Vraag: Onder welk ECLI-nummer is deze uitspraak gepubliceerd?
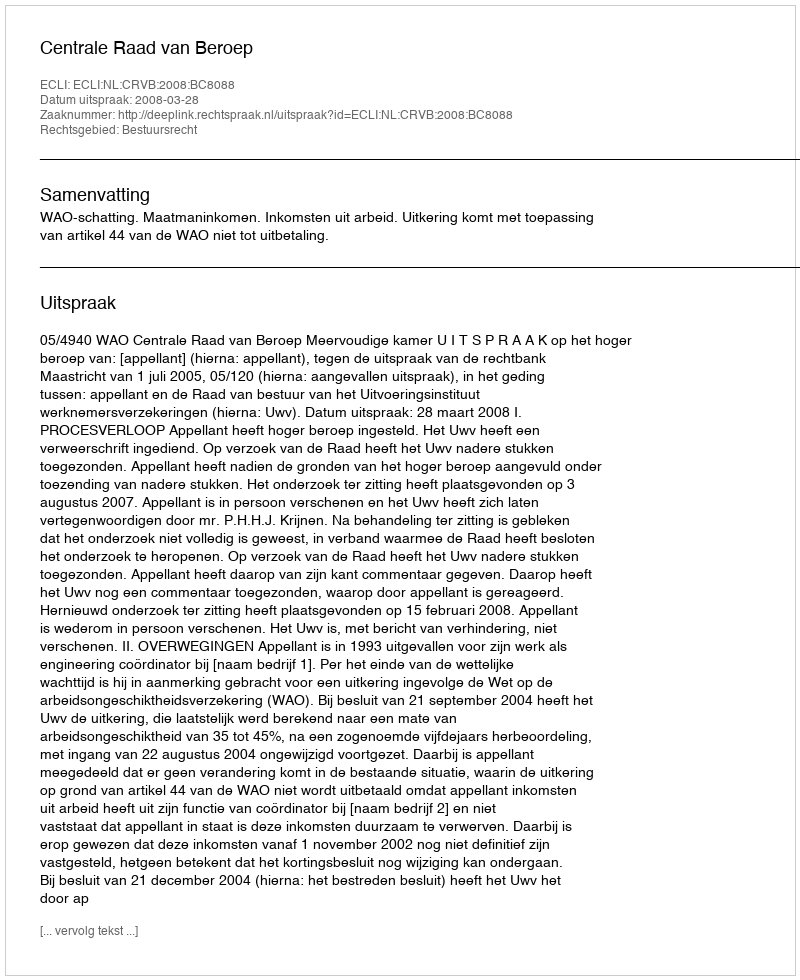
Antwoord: ECLI:NL:CRVB:2008:BC8088